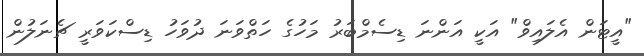
"އީޓަން އެލައިވް" އަކީ އަންނަ ޑިސެމްބަރު މަހުގެ ހަތްވަނަ ދުވަހު ޑިސްކަވަރީ ޗެނަލުން